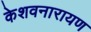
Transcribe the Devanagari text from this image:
केशवनारायण